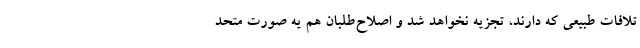
تلافات طبیعی که دارند، تجزیه نخواهد شد و اصلاح‌طلبان هم یه صورت متحد